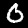
Label: 0